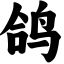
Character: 鸽